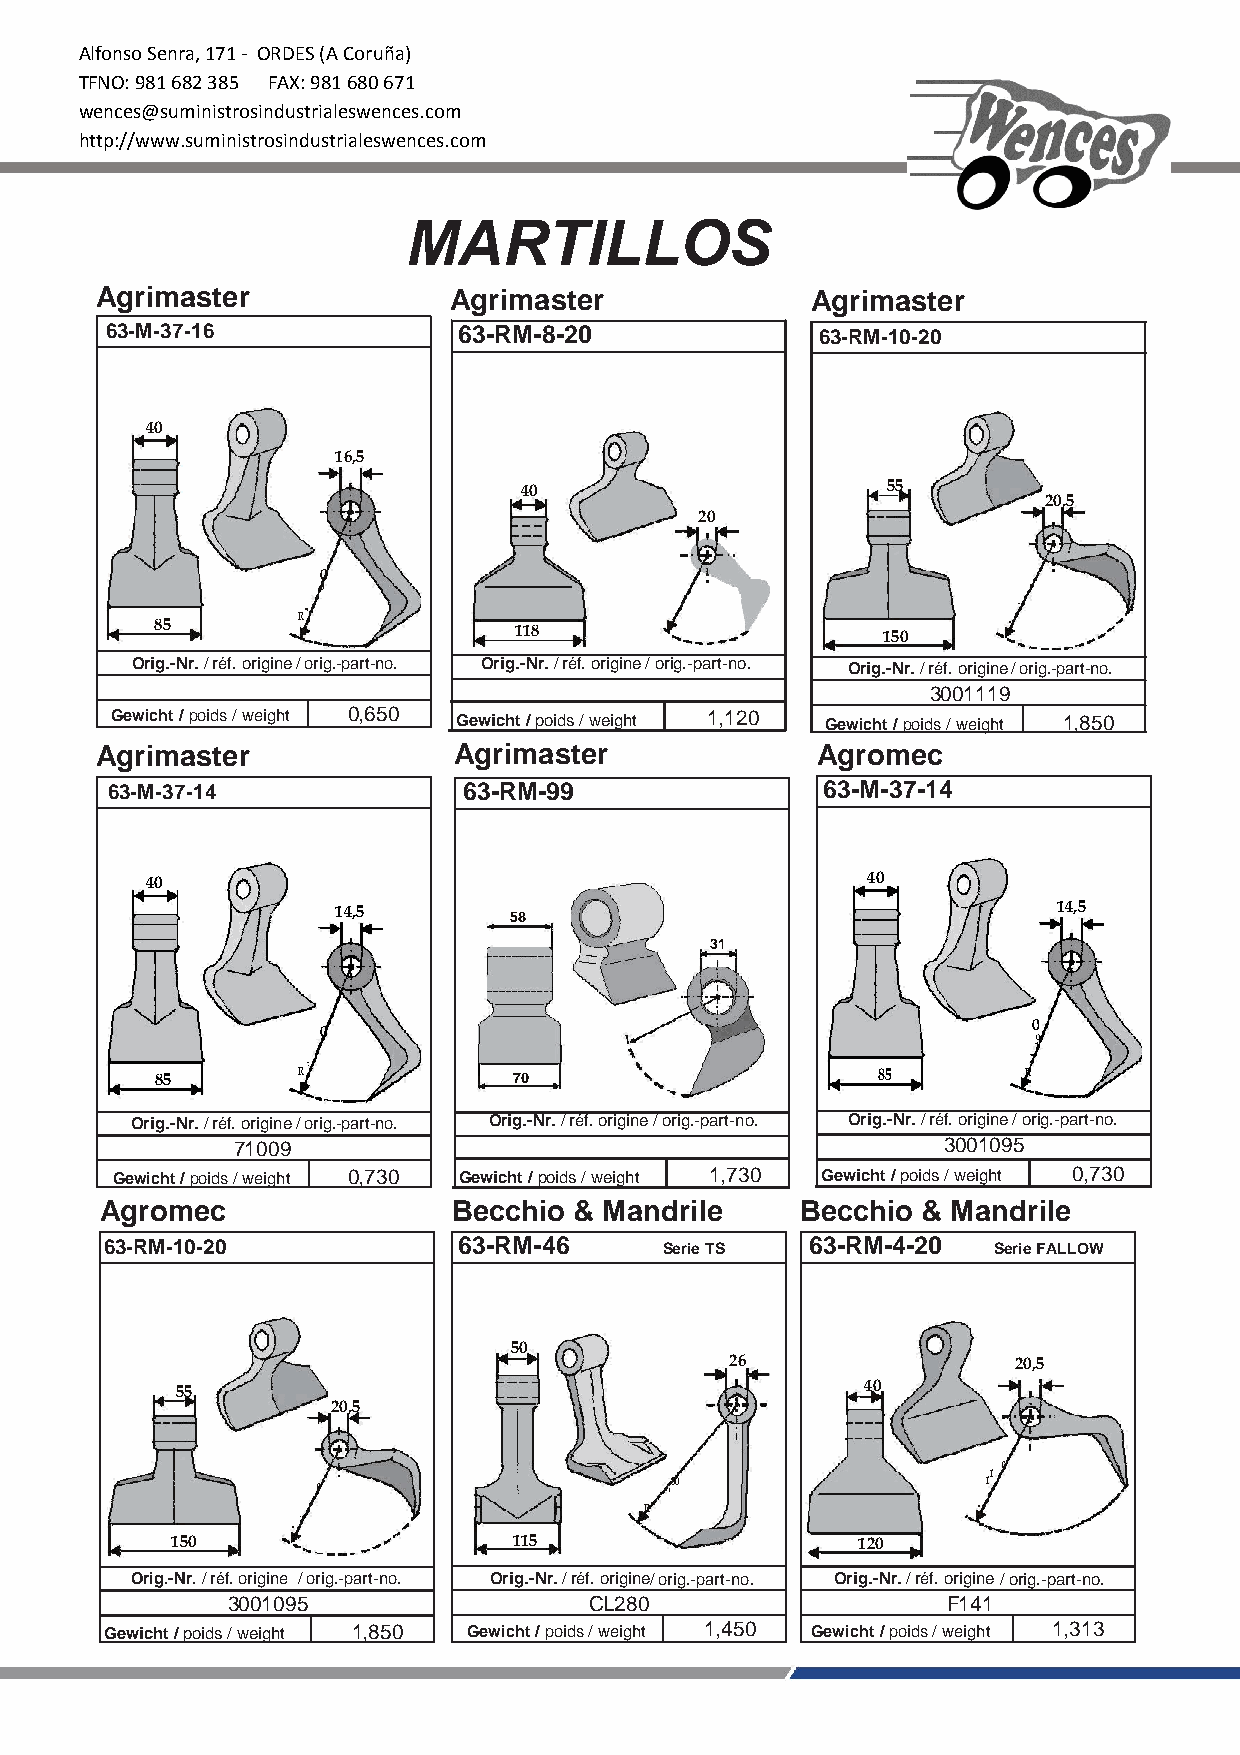
Alfonso Senra, 171 - ORDES (A Coruña)
 TFNO: 981 682 385 FAX: 981 680 671
 wences@suministrosindustrialeswences.com
 http://www.suministrosindustrialeswences.com
 MARTILLOS
 Agrimaster              Agrimaster              Agrimaster
 63-M-37-16             63-RM-8-20              63-RM-10-20
 40
 16,5
 40
 20
 55
 20,5
 0
 85        R =1
 0
 118                     150      R = 10
 0
 Orig.-Nr. / réf. origine/ orig.-part-no. Orig.-Nr. / réf. origine / orig.-part-no. Orig.-Nr. / réf. origine / orig.-part-no.
 3001119
 Gewicht / poids / weight 0,650 Gewicht / poids / weight 1,120 Gewicht / poids / weight 1,850
 Agrimaster              Agrimaster              Agromec
 63-M-37-14              63-RM-99               63-M-37-14
 40                                             40
 14,5                                            14,5
 58
 31
 85        R =01
 0
 70                      85
 R=
 0
 1
 0
 Orig.-Nr. / réf. origine / orig.-part-no. Orig.-Nr. / réf. origine / orig.-part-no. Orig.-Nr. / réf. origine / orig.-part-no.
 71009                                          3001095
 Gewicht / poids / weight 0,730 Gewicht / poids / weight 1,730 Gewicht / poids / weight 0,730
 Agromec                Becchio & Mandrile     Becchio & Mandrile
 63-RM-10-20            63-RM-46      Serie TS  63-RM-4-20  Serie FALLOW
 50
 26                 20,5
 55                                           40
 20,5
 150     R
 =10
 0
 115
 R =
 18 0
 120
 R =
 1
 1
 0
 Orig.-Nr. / réf. origine / orig.-part-no. Orig.-Nr. / réf. origine/ orig.-part-no. Orig.-Nr. / réf. origine/ orig.-part-no.
 3001095                 CL280                   F141
 Gewicht / poids / weight 1,850 Gewicht / poids / weight 1,450 Gewicht / poids / weight 1,313